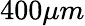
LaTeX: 400\mu m